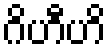
ဂိဟီဟိ